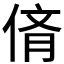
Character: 𠉸